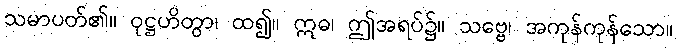
သမာပတ်၏။ ဝုဋ္ဌဟိတွာ၊ ထ၍။ ဣဓ၊ ဤအရပ်၌။ သဗ္ဗေ၊ အကုန်ကုန်သော။